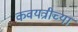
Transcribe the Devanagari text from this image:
कवयत्रीच्या